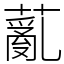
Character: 薍